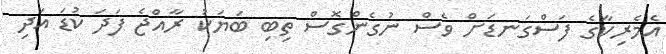
އެމެރިކާގެ ފަސްގަނޑަށް ވެސް ނުގެންގޮސް ތިބި ބަޔަކު ރާއްޖެ ފަދަ ކުޑަ އަދި